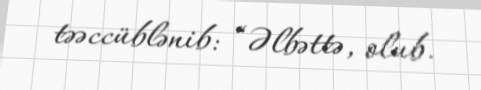
təəccüblənib: “Əlbəttə, olub.